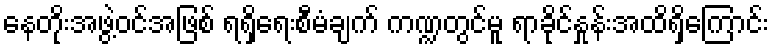
နေတိုးအဖွဲ့ဝင်အဖြစ် ရရှိရေးစီမံချက် ကဏ္ဍတွင်မူ ရာခိုင်နှုန်းအထိရှိကြောင်း